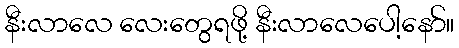
နီးလာလေ လေးတွေရဖို့ နီးလာလေပေါ့နော်။